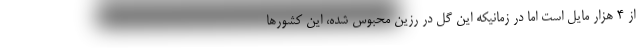
از ۴ هزار مایل است اما در زمانیکه این گل در رزین محبوس شده، این کشورها